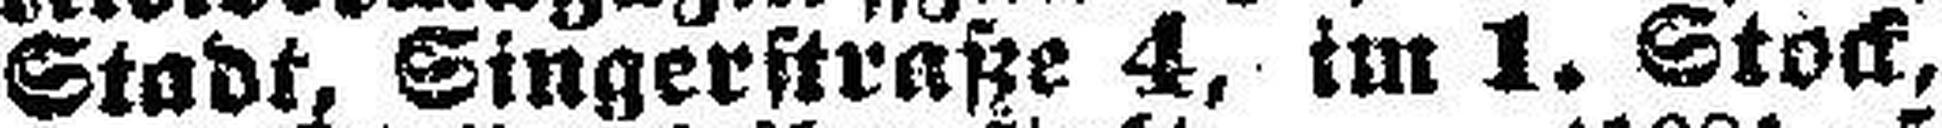
Stadt, Singerstraße 4, im 1. Stock,